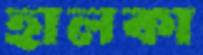
হালকা